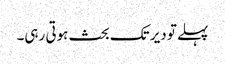
پہلے تو دیر تک بحث ہوتی رہی۔